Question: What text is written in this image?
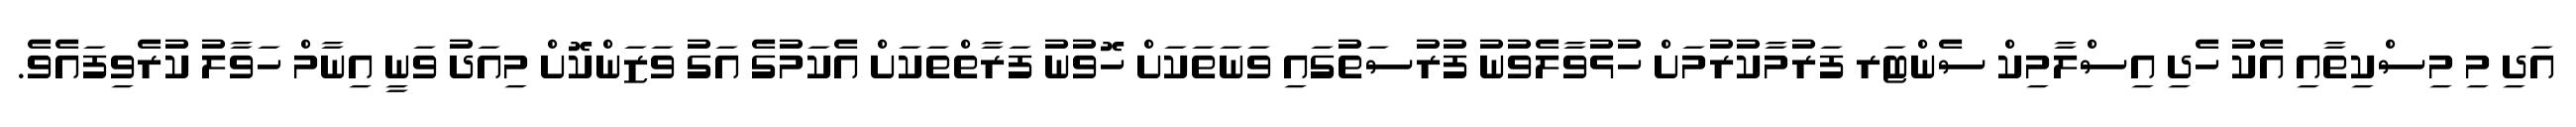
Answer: އަދި މި މިސްކިތާއި އެކު ހެދި އިސްލާމިކް ސެންޓަރ ފަރުމާކުރުމަށް ހުޅުވާލެވުނު ފުރުސަތުގައި ވަނަތަކަށް ހޮވުނު ފަރާތްތަކަށް އެކަމުގެ އަގު ވަޒަންކޮށް މިއަދު ވަނީ އިނާމް ހަވާލު ކުރެވިފައެވެ.